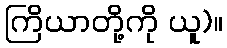
ကြိယာတို့ကို ယူ)။